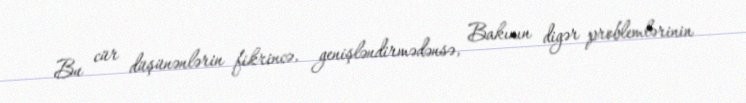
Bu cür düşünənlərin fikrincə, genişləndirmədənsə, Bakının digər problemlərinin